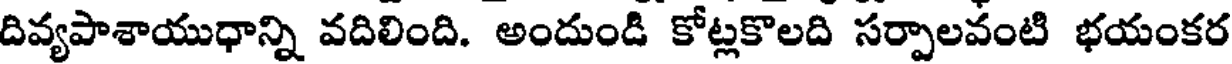
దివ్యపాశాయుధాన్ని వదిలింది. అందుండి కోట్లకొలది సర్పాలవంటి భయంకర